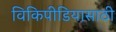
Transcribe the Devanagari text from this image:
विकिपीडियासाठी